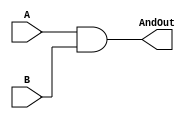
`timescale 1ns / 1ps
//Iain Donnelly , Josue Ortiz
// Effort 50-50
//////////////////////////////////////////////////////////////////////////////////
// Company: 
// Engineer: 
// 
// Design Name: 
// Module Name: AndGate
// Project Name: 
// Target Devices: 
// Tool Versions: 
// Description: 
// 
// Dependencies: 
// 
// Revision:
// Revision 0.01 - File Created
// Additional Comments:
// 
//////////////////////////////////////////////////////////////////////////////////


module AndGate(A,B,AndOut);
  input  A;
  input  B;
 output reg AndOut;
 
 always@(*) begin
  AndOut = A & B;
 end

endmodule